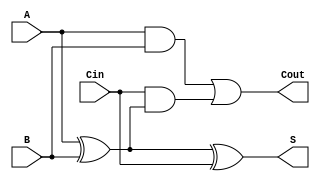
module LowPowerFullAdder (
    input wire A,        // First input bit
    input wire B,        // Second input bit
    input wire Cin,      // Carry-in bit
    output wire S,       // Sum output
    output wire Cout     // Carry-out output
);

// Intermediate signals for power-efficient implementation
wire A_xor_B;

// Sum (S) output using XOR gates
assign A_xor_B = A ^ B;      // A XOR B
assign S = A_xor_B ^ Cin;    // S = (A XOR B) XOR Cin

// Carry-out (Cout) output using AND/OR gates
assign Cout = (A & B) | (Cin & A_xor_B); // Cout = (A AND B) OR (Cin AND (A XOR B))

endmodule